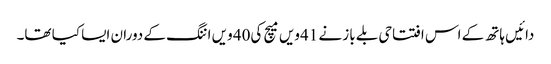
دائیں ہاتھ کے اس افتتاحی بلے باز نے 41ویں میچ کی40 ویں اننگ کے دوران ایسا کیا تھا۔